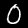
Digit: 0